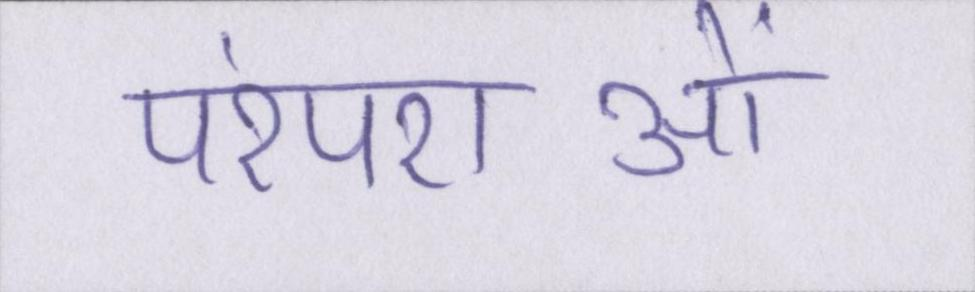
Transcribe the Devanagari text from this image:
परंपराओं